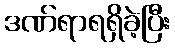
ဒဏ်ရာရရှိခဲ့ပြီး